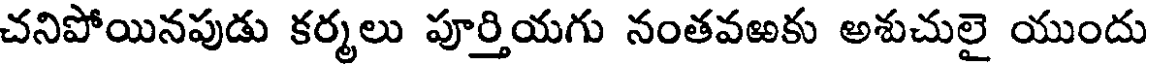
చనిపోయినపుడు కర్మలు పూర్తియగు నంతవఱకు అశుచులై యుందు